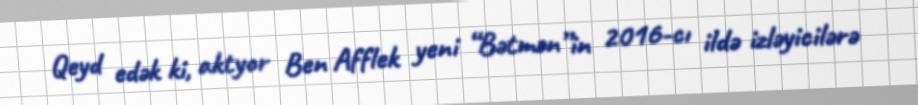
Qeyd edək ki, aktyor Ben Afflek yeni “Bətmən”in 2016-cı ildə izləyicilərə